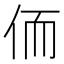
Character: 侕